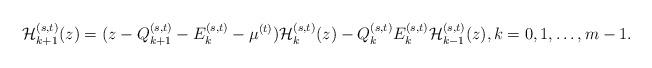
LaTeX: \begin{align*}{\cal H}_{k+1}^{(s,t)}(z)=(z-Q_{k+1}^{(s,t)}-E_{k}^{(s,t)}-\mu^{(t)}){\cal H}_{k}^{(s,t)}(z)-Q_{k}^{(s,t)}E_{k}^{(s,t)}{\cal H}_{k-1}^{(s,t)}(z),k=0,1,\dots,m-1.\end{align*}